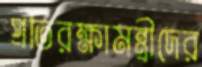
প্রতিরক্ষামন্ত্রীদের